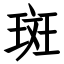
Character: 斑